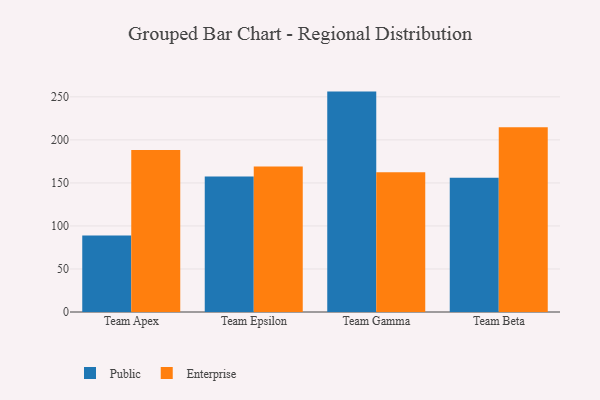
{"axis": {"x": "Team", "y": "Page Views"}, "legend": ["Enterprise", "Public"], "data": [{"x": "Team Apex", "y": 88.9, "type": "Public"}, {"x": "Team Apex", "y": 188.2, "type": "Enterprise"}, {"x": "Team Epsilon", "y": 157.4, "type": "Public"}, {"x": "Team Epsilon", "y": 169.2, "type": "Enterprise"}, {"x": "Team Gamma", "y": 256.1, "type": "Public"}, {"x": "Team Gamma", "y": 162.5, "type": "Enterprise"}, {"x": "Team Beta", "y": 156.0, "type": "Public"}, {"x": "Team Beta", "y": 214.8, "type": "Enterprise"}]}